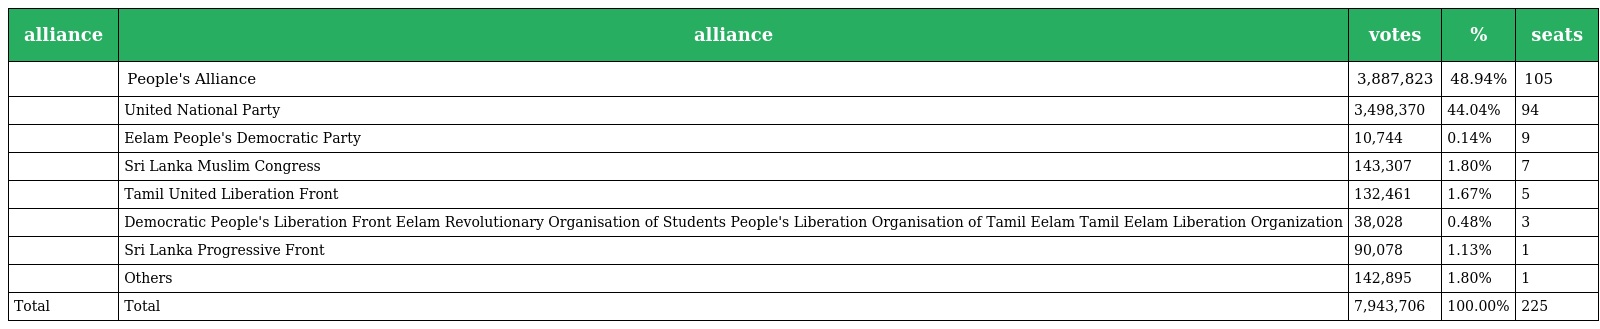
| alliance | alliance | votes | % | seats |
 | --- | --- | --- | --- | --- |
 |  | People's Alliance | 3,887,823 | 48.94% | 105 |
 |  | United National Party | 3,498,370 | 44.04% | 94 |
 |  | Eelam People's Democratic Party | 10,744 | 0.14% | 9 |
 |  | Sri Lanka Muslim Congress | 143,307 | 1.80% | 7 |
 |  | Tamil United Liberation Front | 132,461 | 1.67% | 5 |
 |  | Democratic People's Liberation Front Eelam Revolutionary Organisation of Students People's Liberation Organisation of Tamil Eelam Tamil Eelam Liberation Organization | 38,028 | 0.48% | 3 |
 |  | Sri Lanka Progressive Front | 90,078 | 1.13% | 1 |
 |  | Others | 142,895 | 1.80% | 1 |
 | Total | Total | 7,943,706 | 100.00% | 225 |